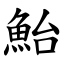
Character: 鮐